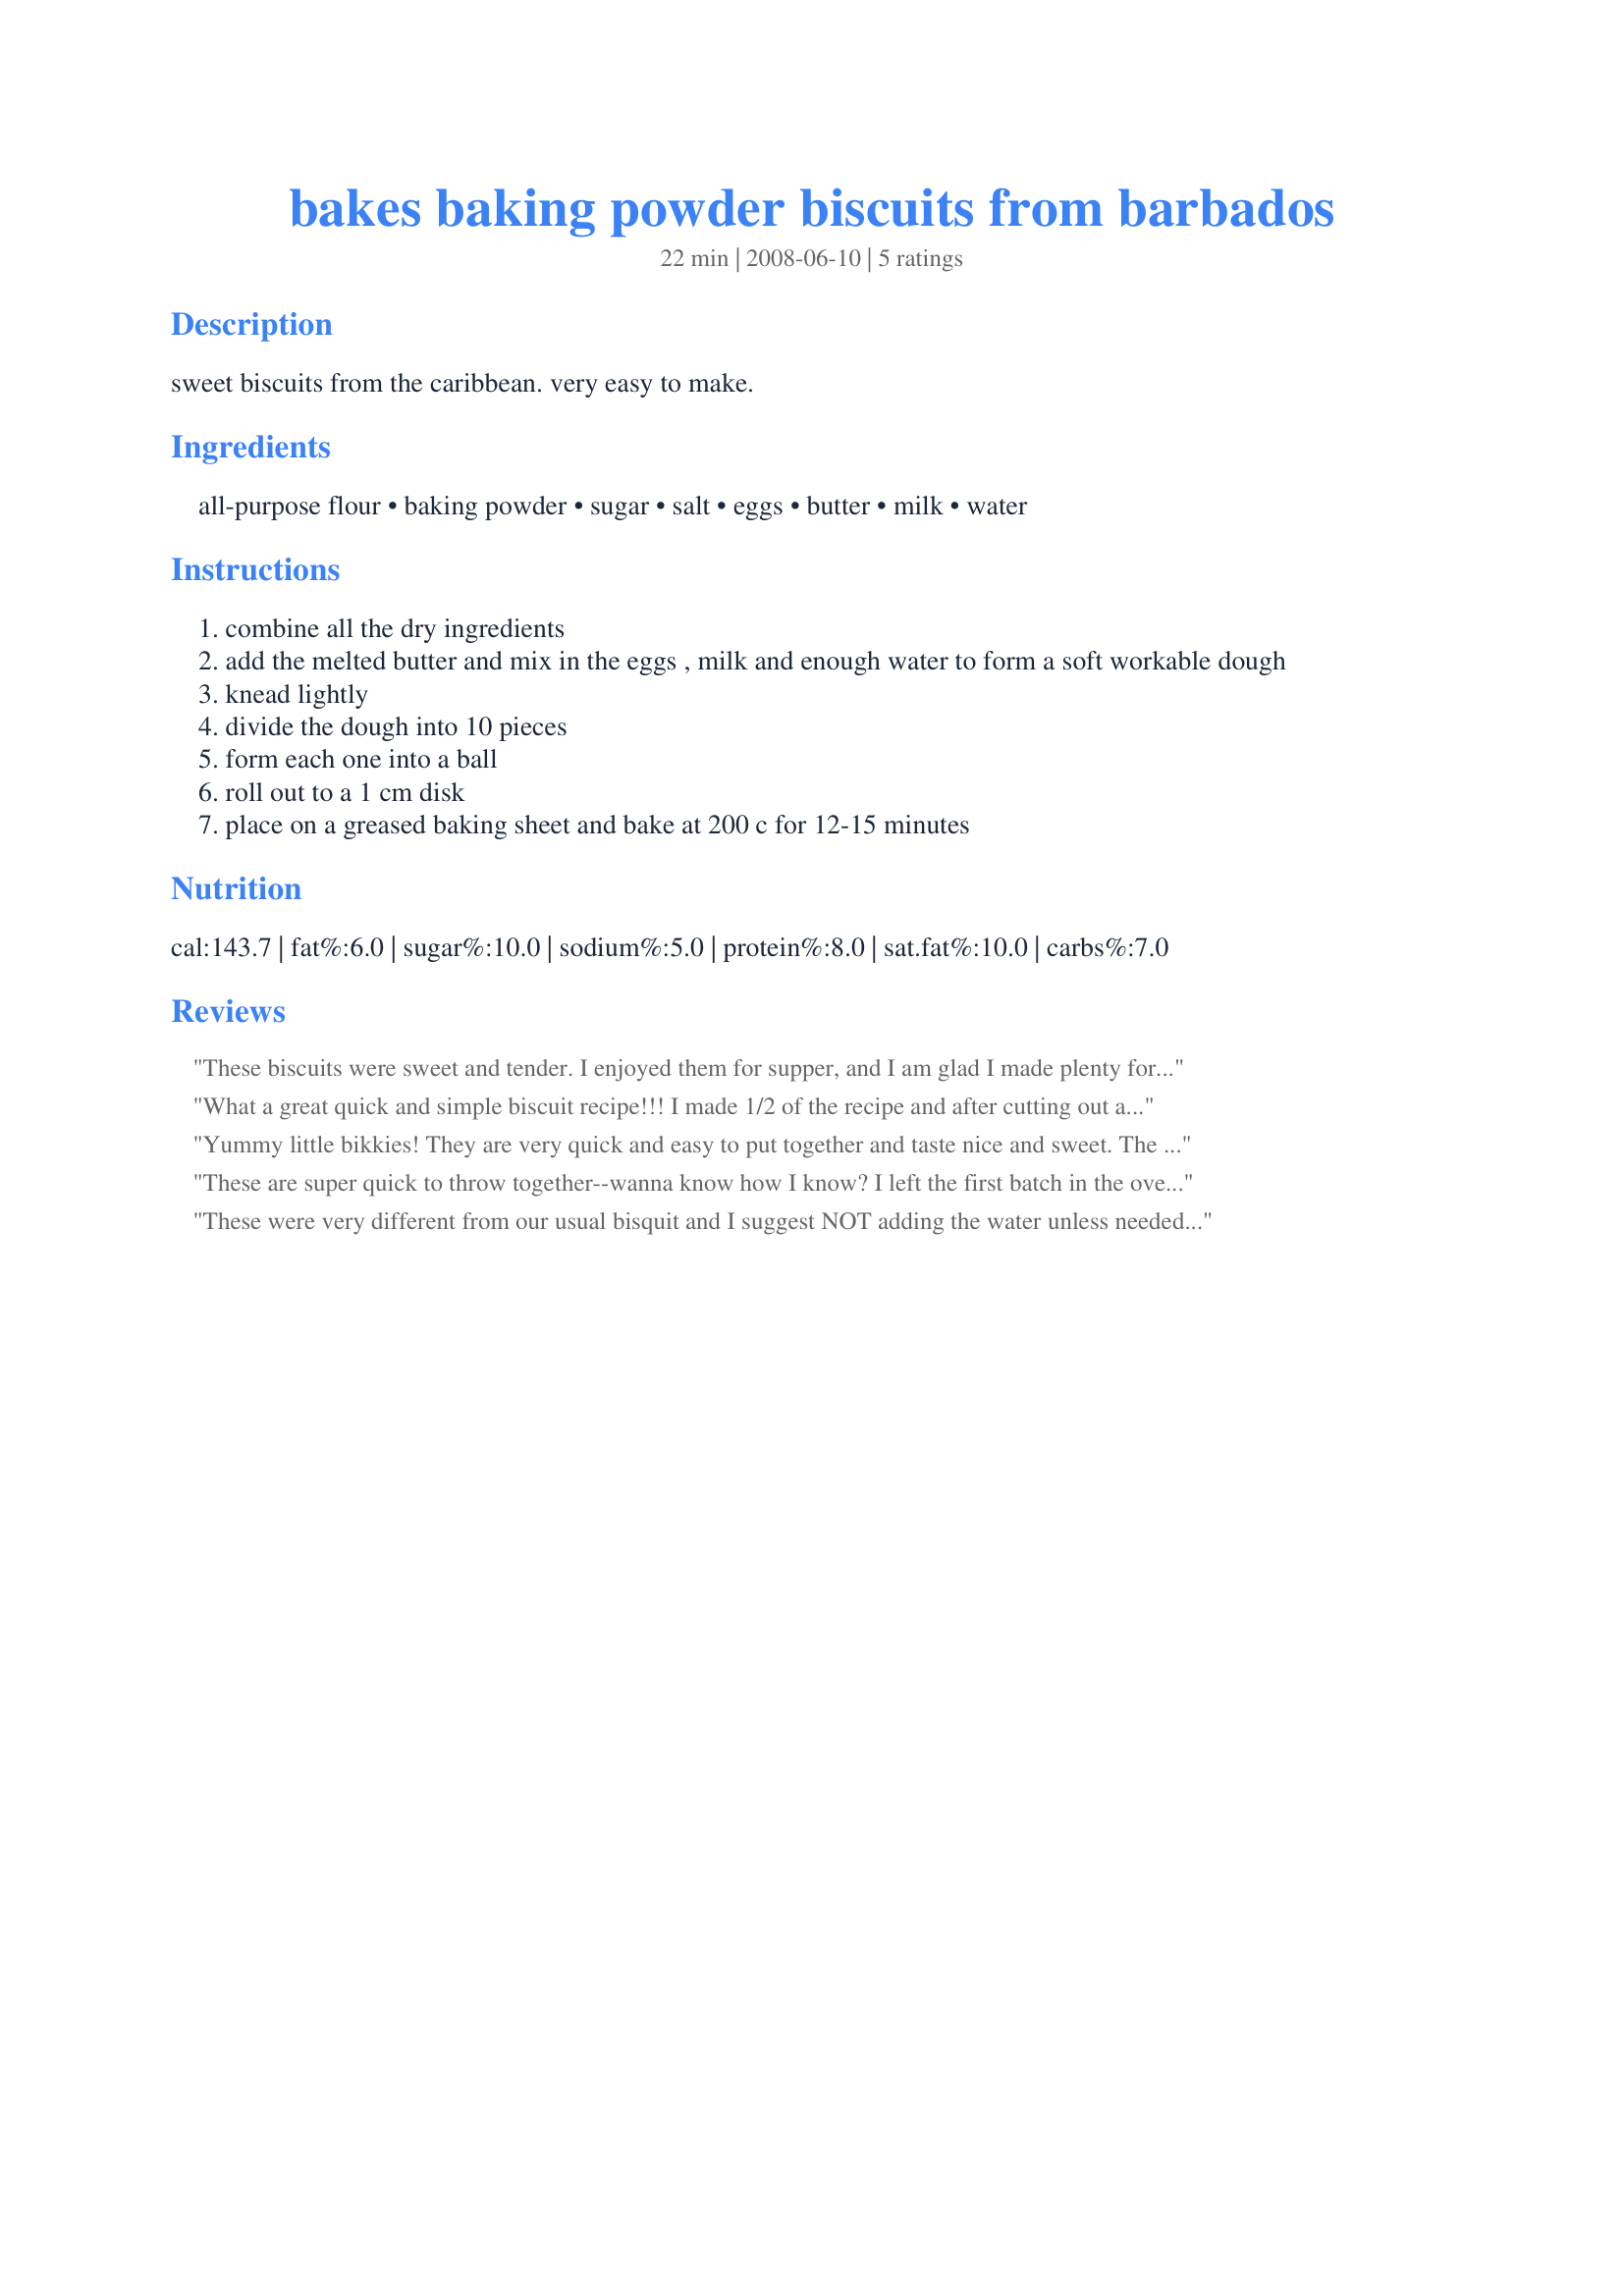
bakes baking powder biscuits from barbados
Preparation time: 22 minutes

sweet biscuits from the caribbean. very easy to make.

Ingredients:
all-purpose flour, baking powder, sugar, salt, eggs, butter, milk, water

Steps:
combine all the dry ingredients
add the melted butter and mix in the eggs , milk and enough water to form a soft workable dough
knead lightly
divide the dough into 10 pieces
form each one into a ball
roll out to a 1 cm disk
place on a greased baking sheet and bake at 200 c for 12-15 minutes

Reviews:
These biscuits were sweet and tender. I enjoyed them for supper, and I am glad I made plenty for breakfast tomorrow.
What a great quick and simple biscuit recipe!!! I made 1/2 of the recipe and after cutting out a couple of biscuits, I added some chives for the other 3, as that is my new favorite flavor to add for biscuits, think I am addicted to biscuits!! This is on the sweeter side for biscuits. I didn't add any of the water, just the milk which worked out well to moisten the dry ingredients. I agree with a previous reviewer, this is also a dense biscuit versus flaky, probably due to using melted butter rather then cutting in the fat, but a much quicker & easier route. Thanks Annacia for adding another biscuit for me to try!!! Made for 123 Tag Game.
Yummy little bikkies! They are very quick and easy to put together and taste nice and sweet. The crust is crunchy and the interior quite flaky.
I too didnt need the water at all and neither the full milk mixture. But I was careful and added it little by little so that I didnt have any problems with that.
I ended up with 7 mile high (2 inch in diameter) biscuits.
THANKS SO MUCH for sharing this wonderful recipe with us, Annacia!
These are super quick to throw together--wanna know how I know? I left the first batch in the oven and asked DH to pull them out when finished, but apparently he missed the timer and left them in the oven for 30 minutes!! I had 10 minutes left before dinnertime and oversized crackers for a soup-and-bread dinner, but since they were so easy to make I just threw another batch together and dinner was only 5 minutes late. Now THAT is convenient. I will say that I reduced the sugar quite a bit--maybe down to a generous pinch. The texture was great, though, even on the overcooked ones if you cut into them. Thanks for posting, Annacia! Made for ZWT 9, Gourmet Goddesses.
These were very different from our usual bisquit and I suggest NOT adding the water unless needed. I goofed and added it all so had to add extra flour etc LOL
Live and learn LOL
They are a dense bisquit ( of course some of that could of been from my goof up LOL)
Nice recipe.
Made for Photo Tag Jan 2009
